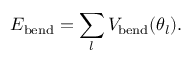
E _ { \mathrm { b e n d } } = \sum _ { l } V _ { \mathrm { b e n d } } ( \theta _ { l } ) .